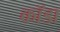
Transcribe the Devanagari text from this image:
कॉडा